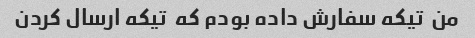
من  تیکه سفارش داده بودم که  تیکه ارسال کردن